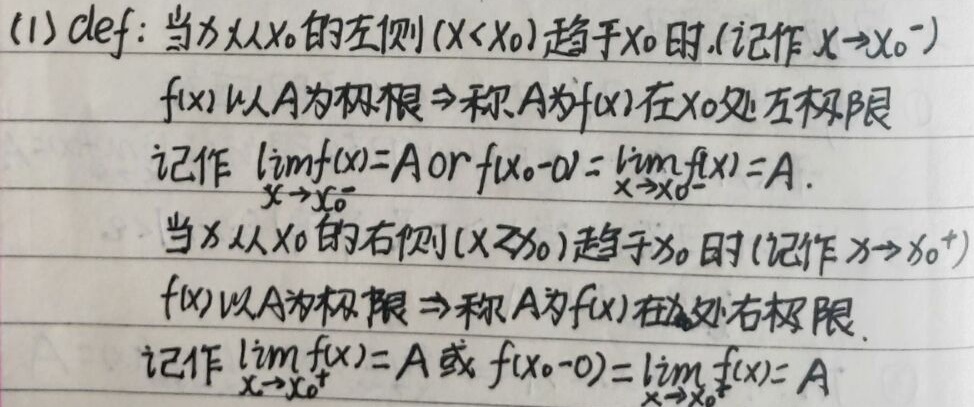
(1) \(\text{def}\)：当\(x\)从\(x_0\)的左侧（\(x<x_0\)）趋于\(x_0\)时（记作\(x \to x_0^{-}\)），\(f(x)\)以\(A\)为极限\(\Rightarrow\)称\(A\)为\(f(x)\)在\(x_0\)处左极限，记作\(\lim\limits_{x \to x_0^{-}}f(x)=A\) or \(f(x_0 - 0)=\lim\limits_{x \to x_0^{-}}f(x)=A\)。当\(x\)从\(x_0\)的右侧（\(x>x_0\)）趋于\(x_0\)时（记作\(x \to x_0^{+}\)），\(f(x)\)以\(A\)为极限\(\Rightarrow\)称\(A\)为\(f(x)\)在\(x_0\)处右极限，记作\(\lim\limits_{x \to x_0^{+}}f(x)=A\) 或 \(f(x_0 + 0)=\lim\limits_{x \to x_0^{+}}f(x)=A\)